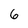
Character: 6